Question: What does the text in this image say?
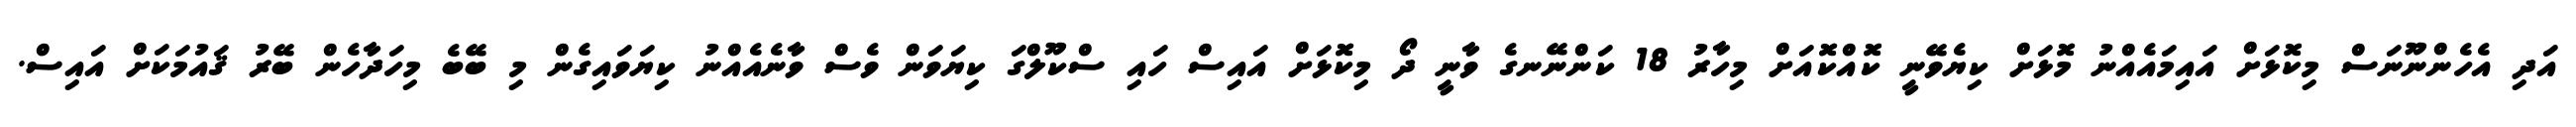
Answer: އަދި އެހެންނޫނަސް މިކޮޅަށް އައިމައެއްނު މޮޅަށް ކިޔެވޭނީ ކޮއްކޮއަށް މިހާރު 18 ކަންނޭނގެ ވާނީ ދޯ މިކޮޅަށް އައިސް ހައި ސްކޫލްގަ ކިޔަވަން ވެސް ވާނެއެއްނު ކިޔަވައިގެން މި ބޭބެ މިހަދާހެން ބޭރު ޤައުމަކަށް އައިސް.